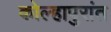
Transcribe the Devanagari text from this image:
कोल्हापुरांत